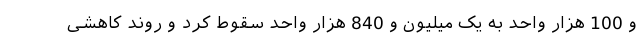
و 100 هزار واحد به یک میلیون و 840 هزار واحد سقوط کرد و روند کاهشی